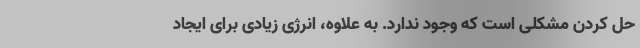
حل کردن مشکلی است که وجود ندارد. به علاوه، انرژی زیادی برای ایجاد